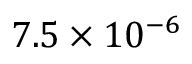
7 . 5 \times 1 0 ^ { - 6 }